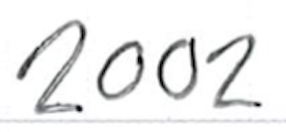
Text: 2002
Cross-out: clean
Writing tool: ballpoint